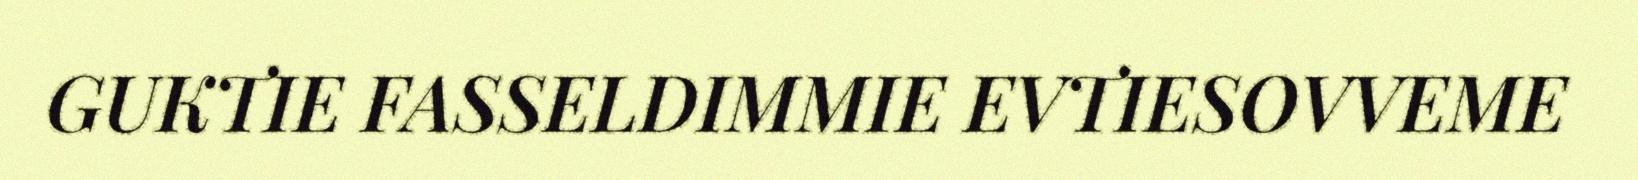
GUKTIE FASSELDIMMIE EVTIESOVVEME